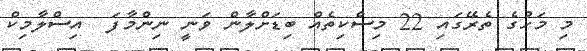
މި މަހުގެ ތެރޭގައި 22 މިސްކިތެއް ބިޑަށްލާން ވަނީ ނިންމާފަ  އިސްލާމިކް